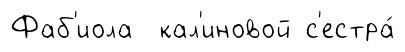
Фаб'иола кал'иновой с'естра́